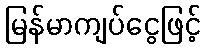
မြန်မာကျပ်ငွေဖြင့်